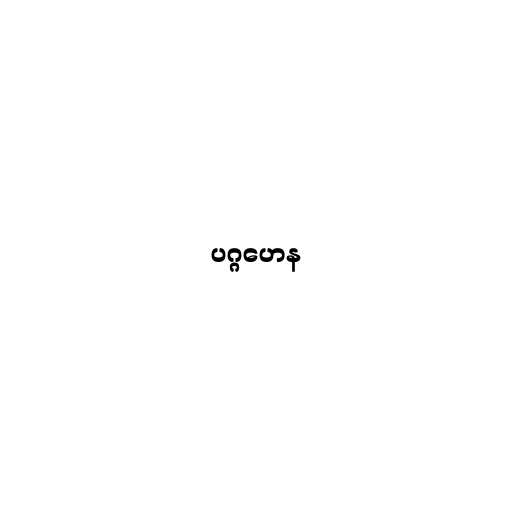
ပဂ္ဂဟေန